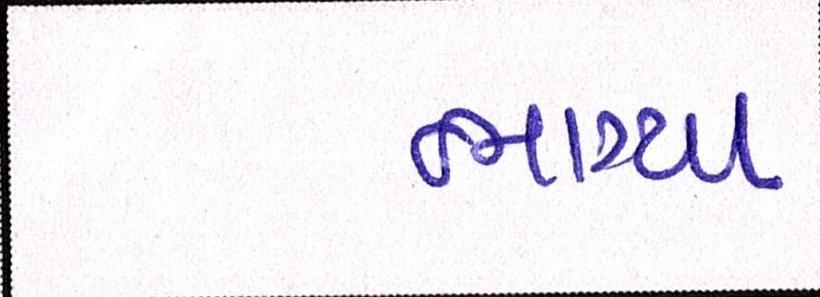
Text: ભાગ્યા